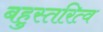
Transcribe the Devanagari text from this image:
बहुस्तरित्व